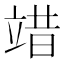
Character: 䇎